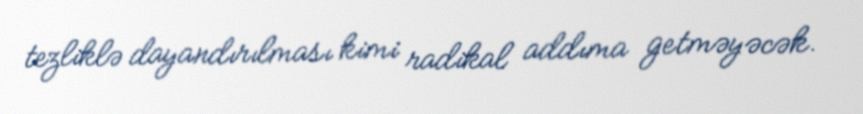
tezliklə dayandırılması kimi radikal addıma getməyəcək.